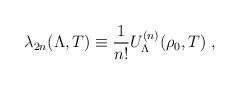
LaTeX: \begin{align*}\lambda_{2n}(\Lambda,T) \equiv \frac{1}{n!}U_{\Lambda}^{(n)}(\rho_{0},T)\;,\end{align*}